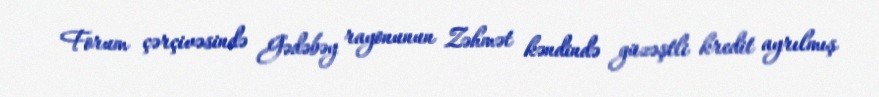
Forum çərçivəsində Gədəbəy rayonunun Zəhmət kəndində güzəştli kredit ayrılmış